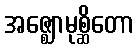
အဇ္ဈောမုစ္ဆိတော